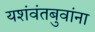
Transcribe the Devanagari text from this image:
यशंवंतबुवांना